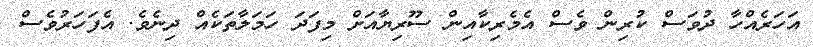
އަހަރެއްހާ ދުވަސް ކުރިން ވެސް އެމެރިކާއިން ސޫރިޔާއަށް މިފަދަ ހަމަލާތަކެއް ދިނެވެ. އެފަހަރުވެސް